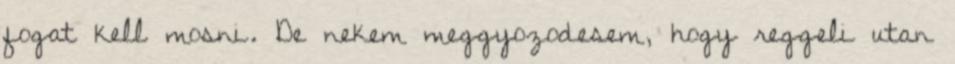
fogat kell mosni. De nekem meggyozodesem, hogy reggeli utan